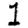
Digit: 1